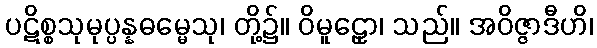
ပဋိစ္စသုမုပ္ပန္နဓမ္မေသု၊ တို့၌။ ဝိမူဠှော၊ သည်။ အဝိဇ္ဇာဒီဟိ၊